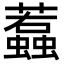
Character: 蠚